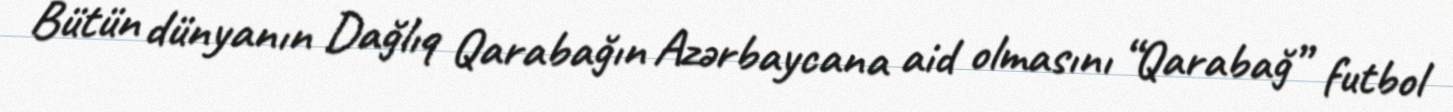
Bütün dünyanın Dağlıq Qarabağın Azərbaycana aid olmasını “Qarabağ” futbol